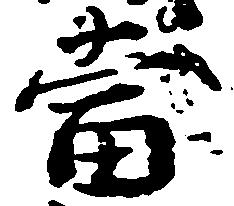
当